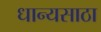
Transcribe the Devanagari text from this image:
धान्यसाठा